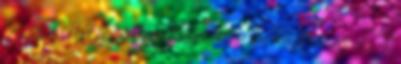
HD 4000 integrált vga esetén ha átállítom az LG